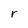
Character: r